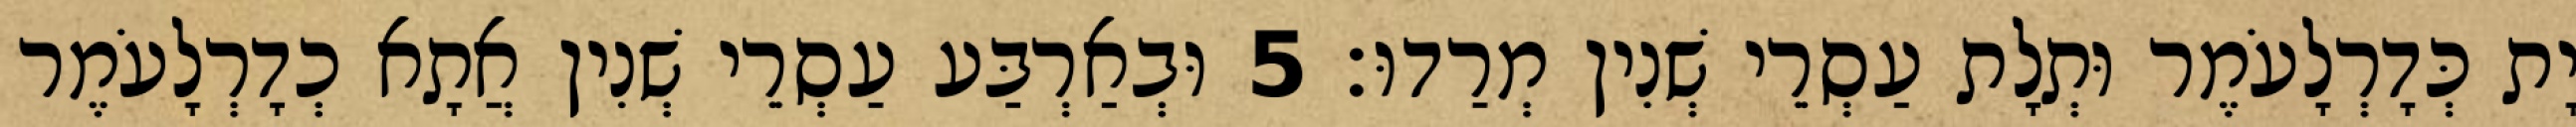
יָת כְּדָרְלָעֹמֶר וּתְלָת עַסְרֵי שְׁנִין מְרַדוּ׃ 5 וּבְאַרְבַּע עַסְרֵי שְׁנִין אֲתָא כְדָרְלָעֹמֶר